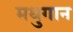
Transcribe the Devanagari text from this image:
मधुगान